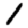
Digit: 1